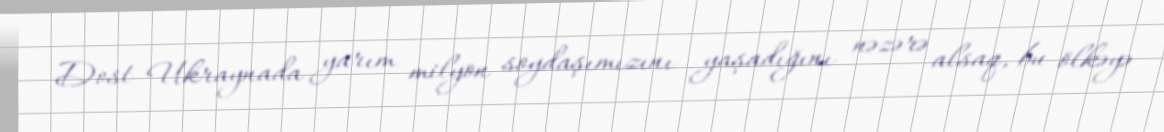
Dost Ukraynada yarım milyon soydaşımızını yaşadığını nəzərə alsaq, bu ölkəyə